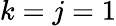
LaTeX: k=j=1